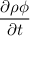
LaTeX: \frac { \partial \rho \phi } { \partial t }